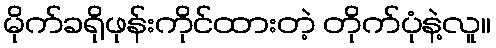
မိုက်ခရိုဖုန်းကိုင်ထားတဲ့ တိုက်ပုံနဲ့လူ။